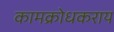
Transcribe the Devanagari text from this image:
कामक्रोधकराय